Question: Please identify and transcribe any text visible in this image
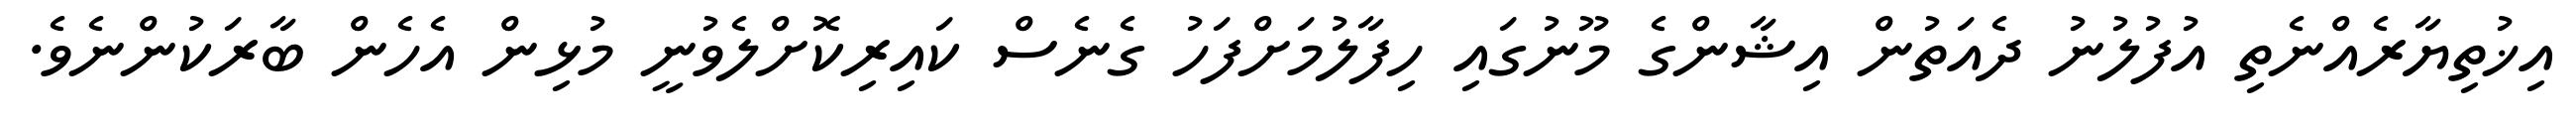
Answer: އިޚުތިޔާރެއްނެތި އުފުލުނު ދެއަތުން އިޝާންގެ މޫނުގައި ހިފާލުމަށްފަހު ގެނެސް ކައިރިކޮށްލެވުނީ މުޅިން އެހެން ބާރަކުންނެވެ.